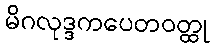
မိဂလုဒ္ဒကပေတဝတ္ထု